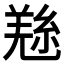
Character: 𱻎